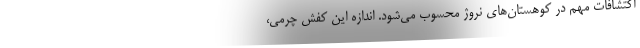
اکتشافات مهم در کوهستان‌های نروژ محسوب می‌شود. اندازه این کفش چرمی،‌